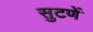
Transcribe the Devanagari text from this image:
सुटणें